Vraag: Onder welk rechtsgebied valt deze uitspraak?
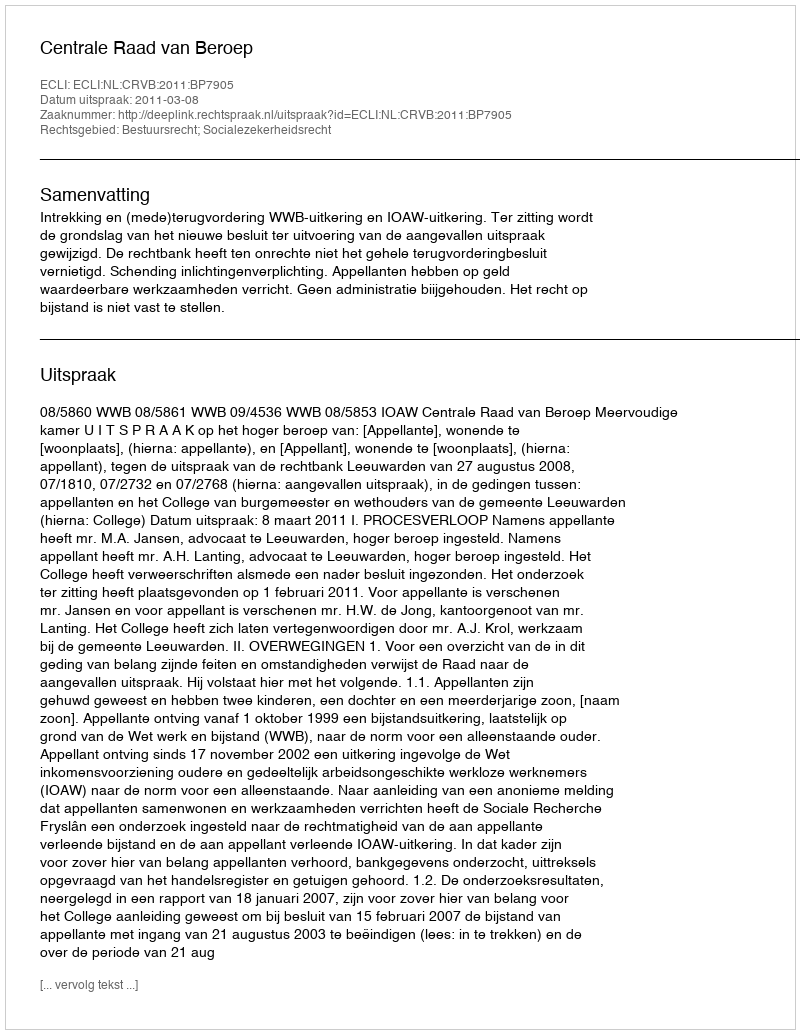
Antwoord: Bestuursrecht; Socialezekerheidsrecht